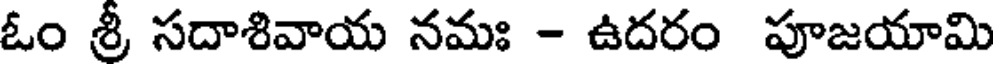
ఓం శ్రీ సదాశివాయ నమః - ఉదరం పూజయామి